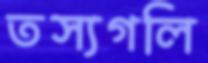
তস্যগলি